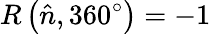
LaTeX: R\left({\hat{n}},360^{\circ}\right)=-1